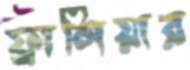
ফ্রান্সিয়ার